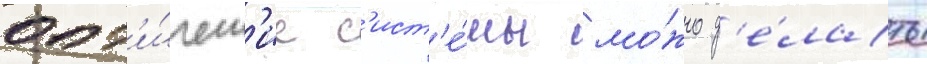
опт'и́ческ'ие с'ист'е́мы мо́жно д'е́лать